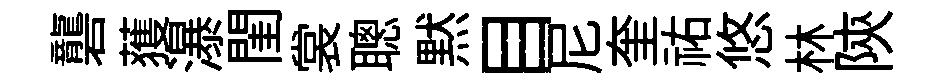
礱𫉬瀑閨裳聰黙目尼奎祐悠林陝